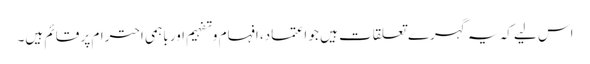
اس لیے کہ یہ گہرے تعلقات ہیں جو اعتماد، افہام وتفہیم اور باہمی احترام پر قائم ہیں۔